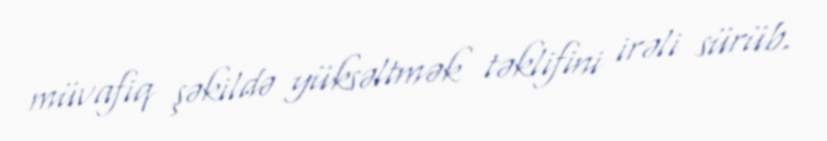
müvafiq şəkildə yüksəltmək təklifini irəli sürüb.